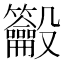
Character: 𪛒